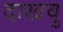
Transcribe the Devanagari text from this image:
दाखवु